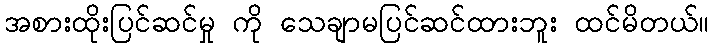
အစားထိုးပြင်ဆင်မှု ကို သေချာမပြင်ဆင်ထားဘူး ထင်မိတယ်။